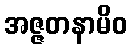
အဇ္ဇတနာမိဝ